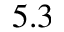
5 . 3